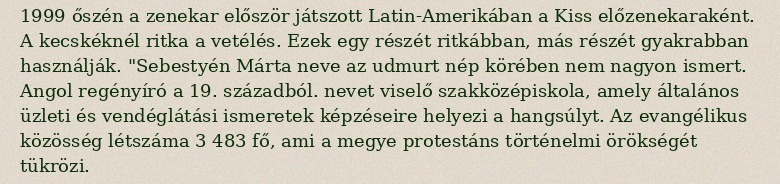
1999 őszén a zenekar először játszott Latin-Amerikában a Kiss előzenekaraként. A kecskéknél ritka a vetélés. Ezek egy részét ritkábban, más részét gyakrabban használják. "Sebestyén Márta neve az udmurt nép körében nem nagyon ismert. Angol regényíró a 19. századból. nevet viselő szakközépiskola, amely általános üzleti és vendéglátási ismeretek képzéseire helyezi a hangsúlyt. Az evangélikus közösség létszáma 3 483 fő, ami a megye protestáns történelmi örökségét tükrözi.